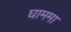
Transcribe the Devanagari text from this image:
घाममा